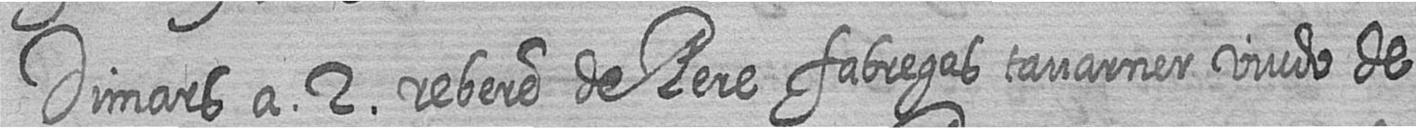
Dimars a 2 rebere de Pere fabregas tavarner viudo de